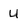
Character: u